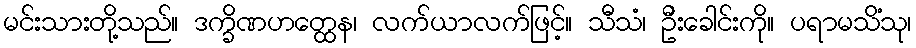
မင်းသားတို့သည်။ ဒက္ခိဏဟတ္ထေန၊ လက်ယာလက်ဖြင့်။ သီသံ၊ ဦးခေါင်းကို။ ပရာမသိံသု၊